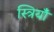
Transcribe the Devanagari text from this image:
स्त्रियाँं